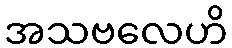
အသဗလေဟိ